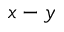
x - y